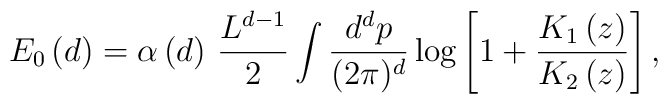
E_{0}\left( d\right) =\alpha\left( d\right) \, \frac{L^{d-1}}{2}\int \frac{d^{d}p}{(2\pi)^{d}}\log \left[ 1+\frac{K_{1}\left( z\right) }{K_{2}\left(z\right) }\right] ,